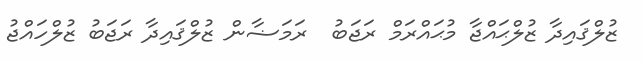
ޒުލްޤައިދާ ޒުލްޙައްޖާ މުޙައްރަމް ރަޖަބު  ރަމަޟާން ޒުލްޤައިދާ ރަޖަބު ޒުލްހައްޖު